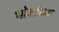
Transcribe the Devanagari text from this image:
भोजांच्या